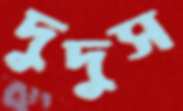
দুদুস